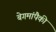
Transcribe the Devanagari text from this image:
बेगमांपैकी